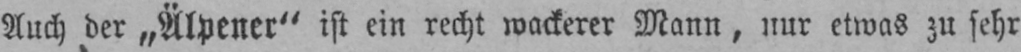
Auch der „Älpener“ ist ein recht wackerer Mann, nur etwas zu sehr